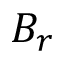
B _ { r }